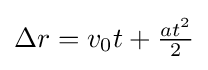
{\textstyle \Delta r=v_{0}t+{\frac {at^{2}}{2}}}